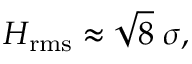
H _ { \mathrm { r m s } } \approx { \sqrt { 8 } } \; \sigma ,